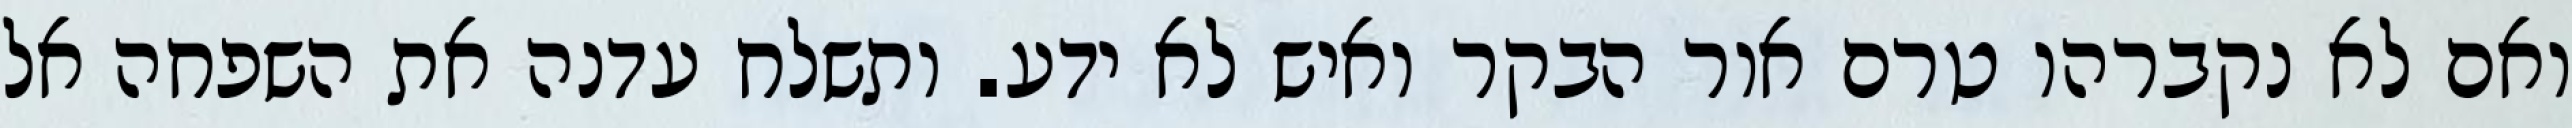
ואם לא נקברהו טרם אור הבקר ואיש לא ידע. ותשלח עדנה את השפחה אל